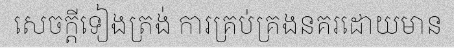
សេចក្តីទៀងត្រង់ ការគ្រប់គ្រងនគរដោយមាន